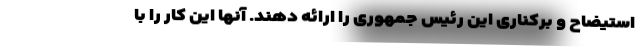
استیضاح و برکناری این رئیس جمهوری را ارائه دهند. آنها این کار را با